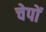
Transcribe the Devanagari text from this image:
चेपों